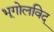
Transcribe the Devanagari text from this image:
भूगोलविद्